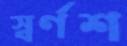
স্বর্ণশ